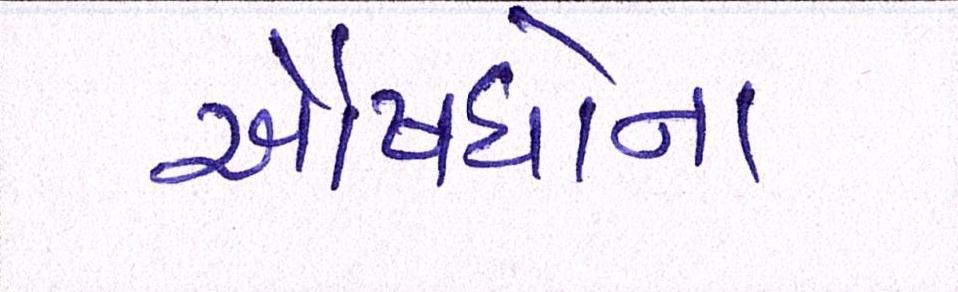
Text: ઔષધોના